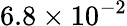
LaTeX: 6.8\times 10^{-2}